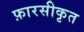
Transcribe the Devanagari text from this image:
फ़ारसीकृत